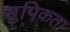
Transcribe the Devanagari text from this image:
सुपिकता